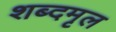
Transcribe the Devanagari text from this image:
शब्दमृल